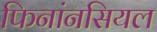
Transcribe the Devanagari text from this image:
फिनांनसियल